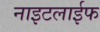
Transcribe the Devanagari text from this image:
नाइटलाईफ